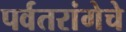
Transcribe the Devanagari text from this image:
पर्वतरांगेचे